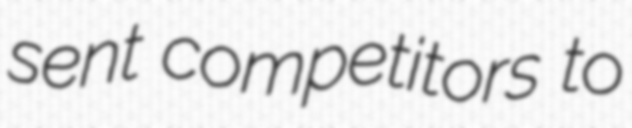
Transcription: sent competitors to